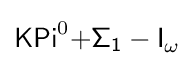
{\mathsf {KPi}}^{0}{\mathsf {+\Sigma _{1}-I}}_{\omega }